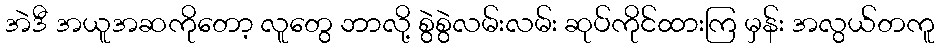
အဲဒီ အယူအဆကိုတော့ လူတွေ ဘာလို့ စွဲစွဲလမ်းလမ်း ဆုပ်ကိုင်ထားကြ မှန်း အလွယ်တကူ